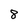
Character: 8